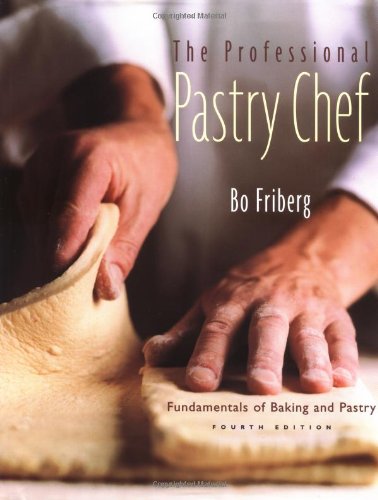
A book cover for The Professional Pastry Chef: Fundamentals of Baking and Pastry, 4th Edition; Bo Friberg; Cookbooks, Food & Wine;